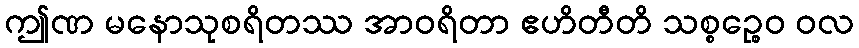
ဤဏ မနောသုစရိတဿ အာဝရိတာ ဧဟိတီတိ သစ္စဉ္စေဝ ဝလ